Annual vaccination report of Bihar and Orissa - 1911-1928
Year: 1911
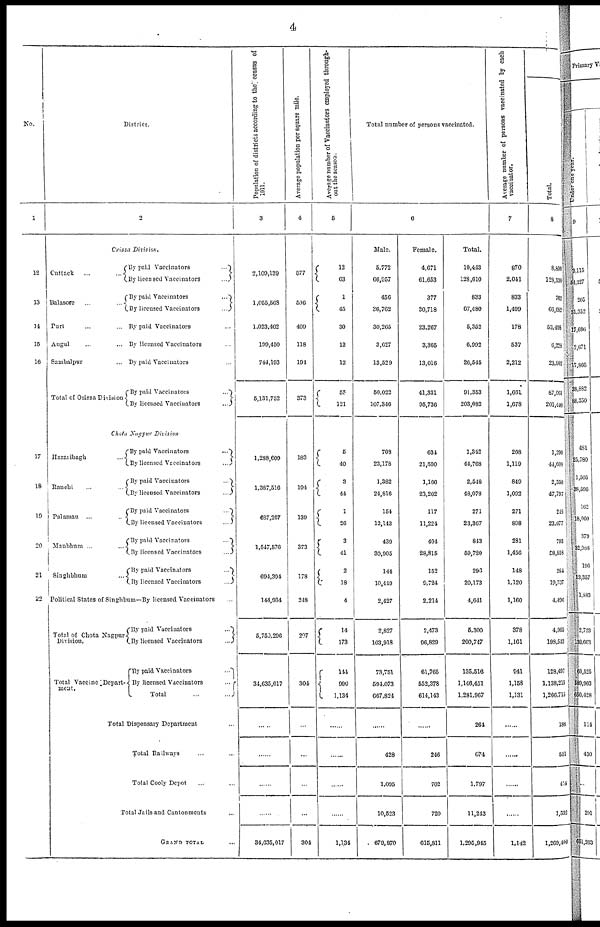
4
No.
1
12
13
14
15
16
17
18
19
20
21
22
District.
2
Orissa Division.
Cuttack ... ...
Balasore... ...
Puri... ...
Angul... ... ...
Sambalpur... ...
Total of Orissa Division
By paid
Vaccinators... ... ...
By licensed Vaccinators... ... ...
By paid Vaccinators...
...
...
By licensed Vaccinators... ... ...
By paid Vaccinators... ... ...
By licensed Vaccinators... ...
By paid Vaccinators... ...
By paid
Vaccinators...
...
By licensed Vaccinators... ...
Chota Nagpur
Division
Hazaribagh... ...
Ranchi... ...
Palamau ... ...
Manbhum... ...
Singhbhum... ...
By paid Vaccinators... ...
By licensed
Vcccinators...
...
By paid
Vaccinators...
...
By licensed
Vaccinators...
...
By paid
Vaccinators...
...
By licensed
Vaccinators...
...
By paid Vaccinators ... ... ...
By licensed Vaccinators... ... ...
By paid Vaccinators
...
...
By licensed
Vaccinators...
...
Political States of Singhbum—By licensed Vaccinators
Total of Chota Nagpur-
Division.
Total Vaccine Depart-
ment.
By paid
Vaccinators...
...
By licensed
Vaccinators...
...
By paid Vaccinators
...
...
By licensed
Vaccinators...
...
Total
...
...
Total Dispensary Department...
Total Railways... ...
Total Cooly Depot... ...
Total Jails and Cantonments...
GRAND TOTAL...
Population of districts according to the census of
1911.
3
2,109,139
1,055,568
1,023,402
199,450
744,193
5,131,752
1,288,609
1,387,516
687,267
1,547,576
694,394
144,934
5,753,296
34,635,017
...
......
...
34,635,017
Average population per square mile.
4
577
506
409
118
194
373
183
194
139
373
178
248
207
304
...
...
......
...
304
Average number of Vaccinators employed through-
out the season.
5
12
63
1
. 45
30
13
12
55
121
5
40
3
44
1
26
3
41
2
18
4
14
173
144
990
1,134
...
...
......
...
1,134
Total number of persons vaccinated.
6
Male.
5,772
66,957
456
36,762
30,265
3,627
13,529
50,022
107,346
708
23,178
1,382
24,816
154
12,143
439
30,905
144
10,449
2,427
2,827
103,918
73,751
594,073
667,824
...
428
1,095
10,523
679,870
Female.
4,671
61,653
377
30,718
23,267
3,365
13,016
41,331
95,736
634
21,590
1,166
23,262
117
11,224
404
28,815
152
9,724
2,214
2,473
96,829
61,765
552,378
614,143
...
246
702
720
615,811
Total.
10,443
128,610
833
67,480
5,352
6,992
26,545
91,353
203,082
1,342
44,768
2,548
48,078
271
23,367
843
59,720
296
20,173
4,641
6,300
200,747
135,516
1,146,451
1,281,967
264
674
1,797
11,243
1,295,945
Average number of persons vaccinated by each
vaccinator.
7
870
2,041
833
1,499
178
537
2,212
1,661
1,678
268
1,119
849
1,092
271
898
281
1,456
148
1,120
1,160
378
1,161
941
1,158
1,131
...
......
......
......
1,142
Total.
8
8,894
128,530
763
66,682
53,498
6,228
23,902
87,061
201,440
1,290
44,608
2,350
47,797
248
23,077
793
58,858
284
19,707
4,496
4,965
198,543
128,497
1,138,216
1,266,715
183
551
414
1,532
1,269,400